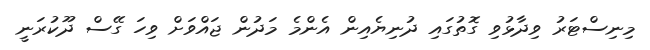
މިނިސްޓަރު ވިދާޅުވި ގޮތުގައި ދުނިޔެއިން އެންމެ މަދުން ޖައްވަށް ވިހަ ގޭސް ދޫކުރަނީ